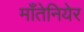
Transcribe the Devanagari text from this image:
माँतेनियेर